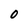
Character: 0